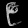
Digit: ၉